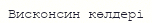
Висконсин көлдері